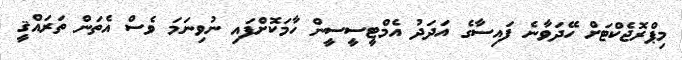
މިޕްރޮޖެކްޓަށް ހޭދަވާނެ ފައިސާގެ އަދަދު އެމްޓީސީސީން ހާމަކޮށްފައި ނުވިނަމަ ވެސް އެތަން ތަރައްޤީ